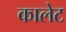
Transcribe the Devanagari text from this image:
कालेट